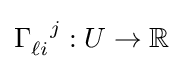
\Gamma _{\ell i}^{\ \ j}:U\to \mathbb {R}